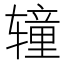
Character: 𰺝